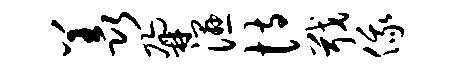
羡鼐湿恃戢俄